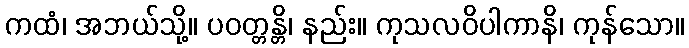
ကထံ၊ အဘယ်သို့။ ပဝတ္တန္တိ၊ နည်း။ ကုသလဝိပါကာနိ၊ ကုန်သော။